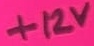
Text: +12V